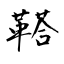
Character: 鞳